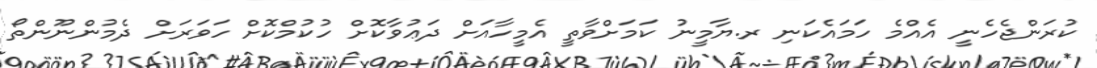
ކުރަންޖެހެނީ އެއްމެ ހަމައެކަނި ރ.ޔާމީނު ކަމަށްވާތީ އެމީހާއަށް ދަޢުވާކޮށް ހުކުމްކޮށް ހަވަރަށް ދެމުންނޫންތޯ